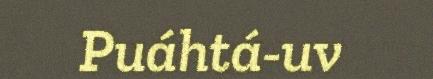
Puáhtá-uv